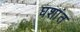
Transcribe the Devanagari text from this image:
घशांत